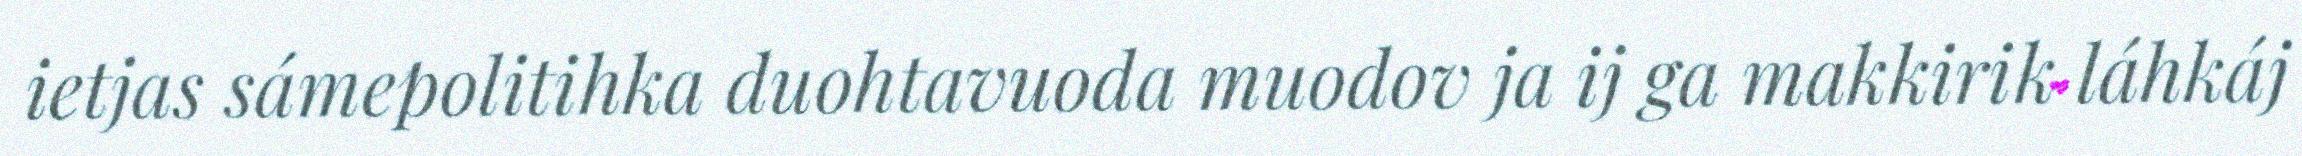
ietjas sámepolitihka duohtavuoda muodov ja ij ga makkirik láhkáj